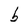
Character: b